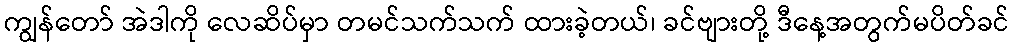
ကျွန်တော် အဲဒါကို လေဆိပ်မှာ တမင်သက်သက် ထားခဲ့တယ်၊ ခင်ဗျားတို့ ဒီနေ့အတွက်မပိတ်ခင်